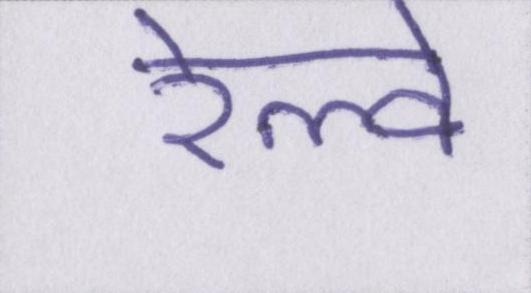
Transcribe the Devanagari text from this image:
रेल्वे